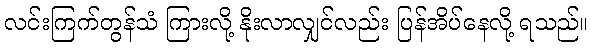
လင်းကြက်တွန်သံ ကြားလို့ နိုးလာလျှင်လည်း ပြန်အိပ်နေလို့ ရသည်။